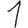
Digit: 1